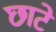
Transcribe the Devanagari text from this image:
छाटे